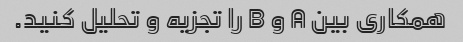
همکاری بین A و B را تجزیه و تحلیل کنید.